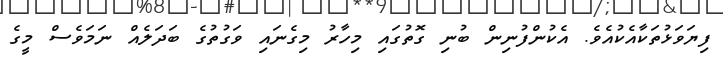
ފިޔަވަޅުތަކާއެކުއެވެ. އެކުންފުނިން ބުނި ގޮތުގައި މިހާރު މިގެނައި ވަގުތުގެ ބަދަލެއް ނަމަވެސް މީގެ